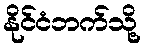
နိုင်ငံဘက်သို့